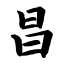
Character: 昌